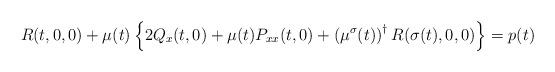
LaTeX: \begin{align*}R(t,0,0)+\mu(t)\left\lbrace 2Q_{x}(t,0)+\mu(t)P_{xx}(t,0)+\left(\mu^{\sigma}(t)\right)^{\dag}R(\sigma(t),0,0)\right\rbrace = p(t)\end{align*}